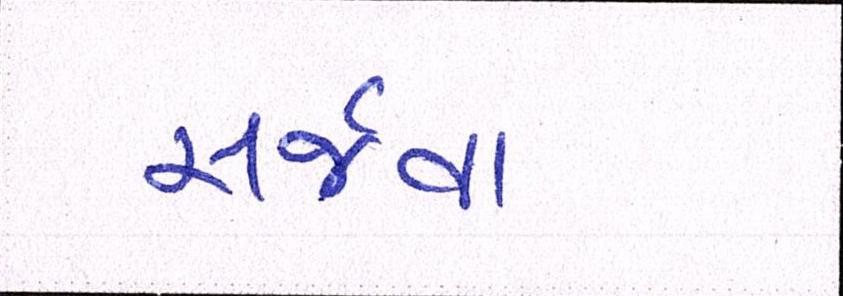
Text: સર્જવા